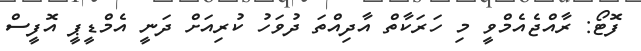
ފޮޓޯ: ރާއްޖެއެމްވީ މި ހަރަކާތް އާދިއްތަ ދުވަހު ކުރިއަށް ދަނީ އެމްޑީޕީ އޮފީސް